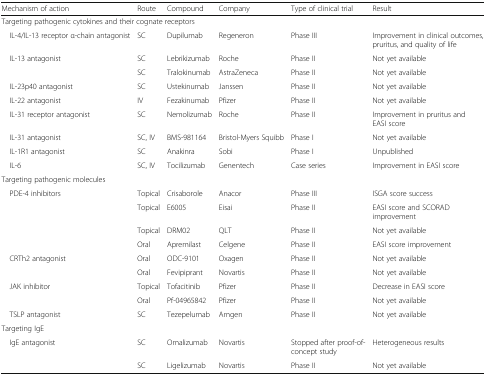
<table><thead><tr><td><b>Mechanism of action</b></td><td><b>Route</b></td><td><b>Compound</b></td><td><b>Company</b></td><td><b>Type of clinical trial</b></td><td><b>Result</b></td></tr></thead><tbody><tr><td colspan="6">Targeting pathogenic cytokines and their cognate receptors</td></tr><tr><td> IL-4/IL-13 receptor α-chain antagonist</td><td>SC</td><td>Dupilumab</td><td>Regeneron</td><td>Phase III</td><td>Improvement in clinical outcomes, pruritus, and quality of life</td></tr><tr><td rowspan="2"> IL-13 antagonist</td><td>SC</td><td>Lebrikizumab</td><td>Roche</td><td>Phase II</td><td>Not yet available</td></tr><tr><td>SC</td><td>Tralokinumab</td><td>AstraZeneca</td><td>Phase II</td><td>Not yet available</td></tr><tr><td> IL-23p40 antagonist</td><td>SC</td><td>Ustekinumab</td><td>Janssen</td><td>Phase II</td><td>Not yet available</td></tr><tr><td> IL-22 antagonist</td><td>IV</td><td>Fezakinumab</td><td>Pfizer</td><td>Phase II</td><td>Not yet available</td></tr><tr><td> IL-31 receptor antagonist</td><td>SC</td><td>Nemolizumab</td><td>Roche</td><td>Phase II</td><td>Improvement in pruritus and EASI score</td></tr><tr><td> IL-31 antagonist</td><td>SC, IV</td><td>BMS-981164</td><td>Bristol-Myers Squibb</td><td>Phase I</td><td>Not yet available</td></tr><tr><td> IL-1R1 antagonist</td><td>SC</td><td>Anakinra</td><td>Sobi</td><td>Phase I</td><td>Unpublished</td></tr><tr><td> IL-6</td><td>SC, IV</td><td>Tocilizumab</td><td>Genentech</td><td>Case series</td><td>Improvement in EASI score</td></tr><tr><td colspan="6">Targeting pathogenic molecules</td></tr><tr><td rowspan="4"> PDE-4 inhibitors</td><td>Topical</td><td>Crisaborole</td><td>Anacor</td><td>Phase III</td><td>ISGA score success</td></tr><tr><td>Topical</td><td>E6005</td><td>Eisai</td><td>Phase II</td><td>EASI score and SCORAD improvement</td></tr><tr><td>Topical</td><td>DRM02</td><td>QLT</td><td>Phase II</td><td>Not yet available</td></tr><tr><td>Oral</td><td>Apremilast</td><td>Celgene</td><td>Phase II</td><td>EASI score improvement</td></tr><tr><td rowspan="2"> CRTh2 antagonist</td><td>Oral</td><td>ODC-9101</td><td>Oxagen</td><td>Phase II</td><td>Not yet available</td></tr><tr><td>Oral</td><td>Fevipiprant</td><td>Novartis</td><td>Phase II</td><td>Not yet available</td></tr><tr><td rowspan="2"> JAK inhibitor</td><td>Topical</td><td>Tofacitinib</td><td>Pfizer</td><td>Phase II</td><td>Decrease in EASI score</td></tr><tr><td>Oral</td><td>Pf-04965842</td><td>Pfizer</td><td>Phase II</td><td>Not yet available</td></tr><tr><td> TSLP antagonist</td><td>SC</td><td>Tezepelumab</td><td>Amgen</td><td>Phase II</td><td>Not yet available</td></tr><tr><td colspan="6">Targeting IgE</td></tr><tr><td rowspan="2"> IgE antagonist</td><td>SC</td><td>Omalizumab</td><td>Novartis</td><td>Stopped after proof-of-concept study</td><td>Heterogeneous results</td></tr><tr><td>SC</td><td>Ligelizumab</td><td>Novartis</td><td>Phase II</td><td>Not yet available</td></tr></tbody></table>